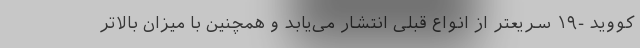
کووید -۱۹ سریعتر از انواع قبلی انتشار می‌یابد و همچنین با میزان بالاتر